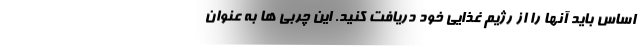
اساس باید آنها را از رژیم غذایی خود دریافت کنید. این چربی ها به عنوان